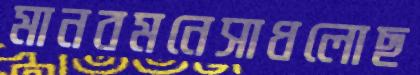
মানবমনেসাধলোছ